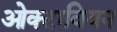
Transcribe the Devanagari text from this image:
ओक्टावियन